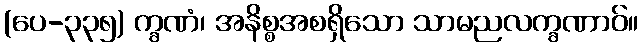
(ပေ-၃၃၅) က္ခဏံ၊ အနိစ္စအစရှိသော သာမညလက္ခဏာဝ်။